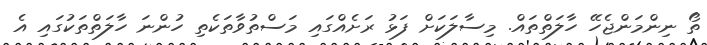
ތޯ ނިންމަންޖެހޭ ހާލަތްތައް. މިސާލަކަށް ފަޅު ރަށެއްގައި މަަސްތުވާތަކެތި ހުންނަ ހާލަތްތަކުގައި އެ